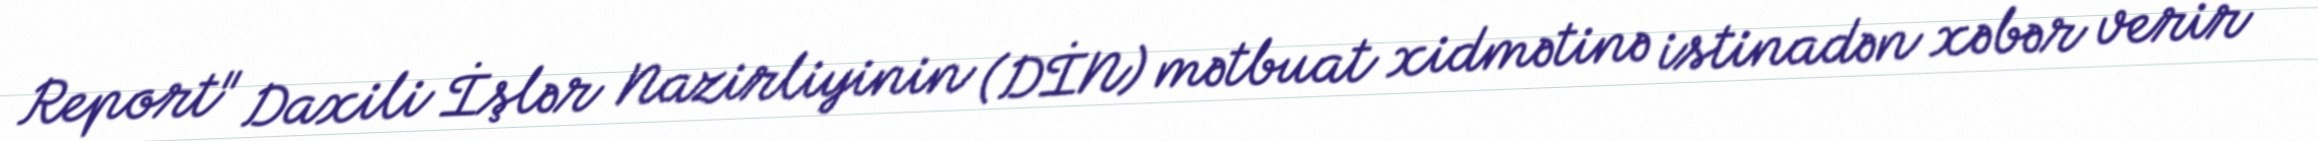
Report" Daxili İşlər Nazirliyinin (DİN) mətbuat xidmətinə istinadən xəbər verir